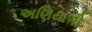
અણિયાળી